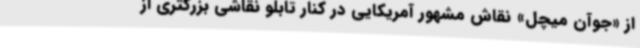
از «جوآن میچل» نقاش مشهور آمریکایی در کنار تابلو نقاشی بزرگتری از